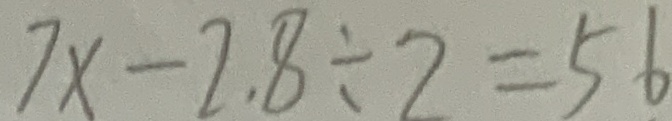
7 x - 2 . 8 \div 2 = 5 6